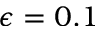
\epsilon = 0 . 1